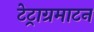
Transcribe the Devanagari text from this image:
टेट्राग्रमाटन